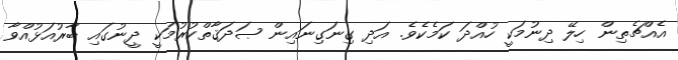
އެއްޗެތިން ހިލޭ ދިނުމަކީ ހުއްދަ ކަމެކެވެ. އަދި ގިނަގިނައިން ޞަދަޤާތްކުރުމަކީ ދީނުގައި ބާރުއަޅުއްވާ